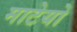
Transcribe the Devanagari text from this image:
माटेयो